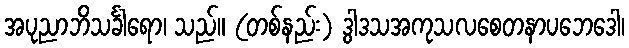
အပုညာဘိသင်္ခါရော၊ သည်။ (တစ်နည်း) ဒွါဒသအကုသလစေတနာပဘေဒေါ၊